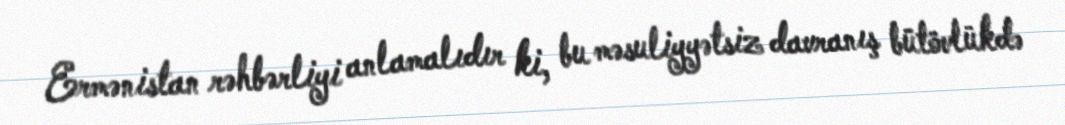
Ermənistan rəhbərliyi anlamalıdır ki, bu məsuliyyətsiz davranış bütövlükdə